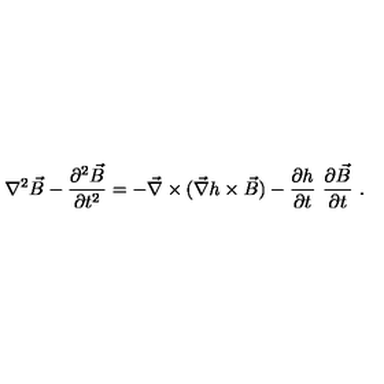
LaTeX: \nabla ^ { 2 } \vec { B } - \frac { \partial ^ { 2 } \vec { B } } { \partial t ^ { 2 } } = - \vec { \nabla } \times ( \vec { \nabla } h \times \vec { B } ) - \frac { \partial h } { \partial t } \ \frac { \partial \vec { B } } { \partial t } \ .